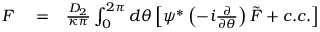
\begin{array} { r l r } { F } & { { } = } & { \frac { D _ { 2 } } { \kappa \pi } \int _ { 0 } ^ { 2 \pi } d \theta \left[ \psi ^ { * } \left( - i \frac { \partial } { \partial \theta } \right) \tilde { F } + c . c . \right] } \end{array}